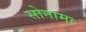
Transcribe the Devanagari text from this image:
सोनामा